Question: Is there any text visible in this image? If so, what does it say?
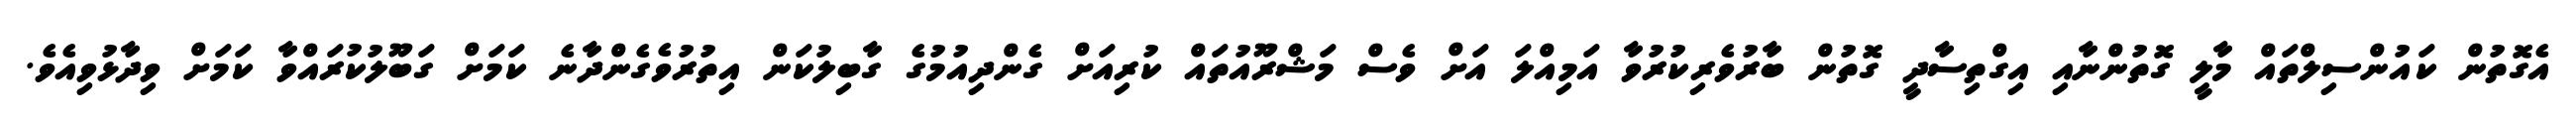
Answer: އެގޮތުން ކައުންސިލްތައް މާލީ ގޮތުންނާއި އިގްތިސާދީ ގޮތުން ބާރުވެރިކުރުވާ އަމިއްލަ އަށް ވެސް މަޝްރޫއުތައް ކުރިއަށް ގެންދިއުމުގެ ގާބިލުކަން އިތުރުވެގެންދާނެ ކަމަށް ގަބޫލުކުރައްވާ ކަމަށް ވިދާޅުވިއެވެ.